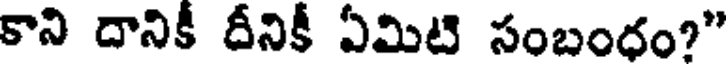
కాని దానికీ దీనికీ ఏమిటి సంబంధం?"